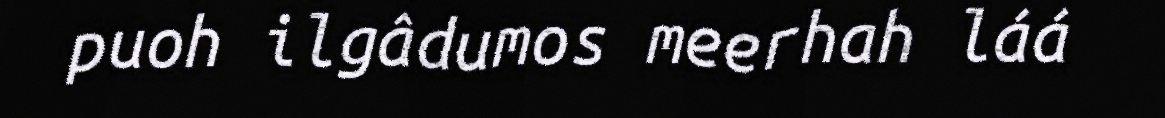
puoh ilgâdumos meerhah láá